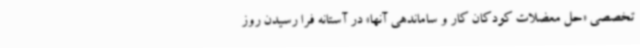
تخصصی «حل معضلات کودکان کار و ساماندهی آنها» در آستانه فرا رسیدن روز